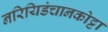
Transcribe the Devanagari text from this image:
नरियिडंचानकोट्टा